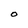
Character: O